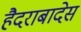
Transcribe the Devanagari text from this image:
हैदराबादेस